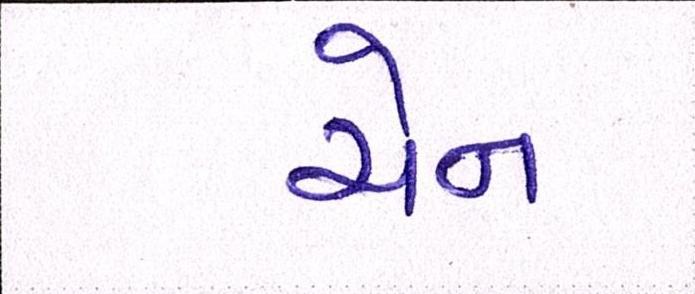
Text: ચેન